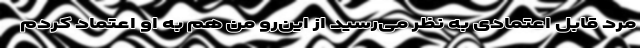
مرد قابل اعتمادی به نظر می‌رسید از این‌رو من هم به او اعتماد کردم